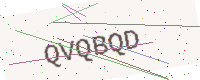
Text: QVQBQD